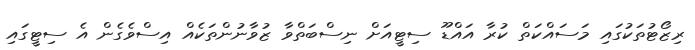
ރިޒޯޓުތަކުގައި މަސައްކަތް ކުރާ އައްޑޫ ސިޓީއަށް ނިސްބަތްވާ ޒުވާނުންތަކެއް އިސްވެގެން އެ ސިޓީގައި